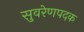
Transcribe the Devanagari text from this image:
सुवरेणपदक